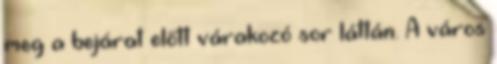
meg a bejárat előtt várakozó sor láttán. A város